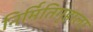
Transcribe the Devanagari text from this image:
निर्मितिगृहाला